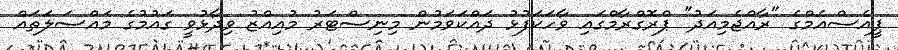
ޕީއެސްއެމްގެ "ރާއްޖެމިއަދު" ޕްރޮގްރާމްގައި ވާހަކަފުޅު ދައްކަވަމުން މިނިސްޓަރު މުއިއްޒު ވިދާޅުވީ ގައުމުގެ މައްސަލަތައް